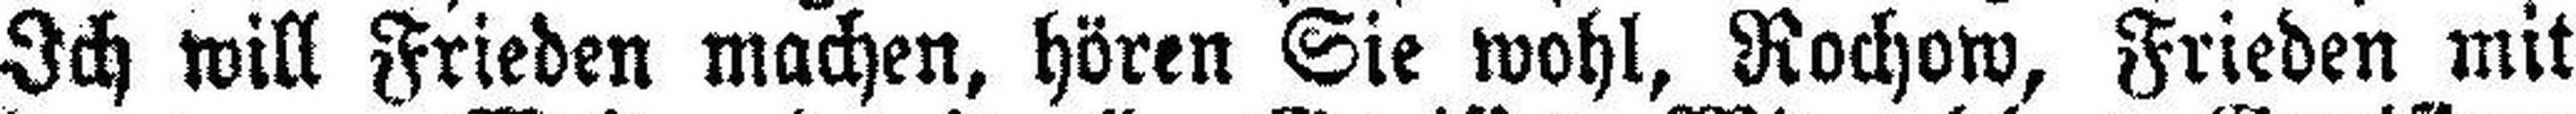
Ich will Frieden machen, hören Sie wohl, Rochow, Frieden mit